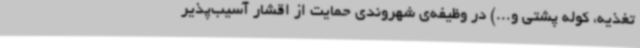
تغذیه، کوله پشتی و...) در وظیفه‌ی شهروندی حمایت از اقشار آسیب‌پذیر